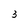
Character: 3